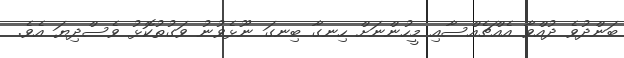
ބަންދުވެ ދުއްވާ އެއްޗެއްސާއި މީހުންނަށް ހިނގާ ބިނގަ ނޫޅެވުނު ވަގުތުކޮޅު ވެސްދިޔަ އެވެ.